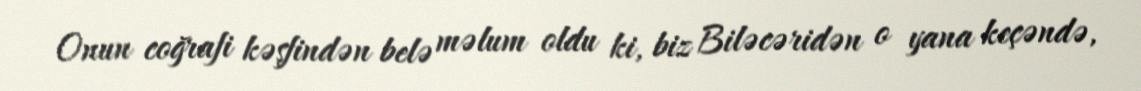
Onun coğrafi kəşfindən belə məlum oldu ki, biz Biləcəridən o yana keçəndə,